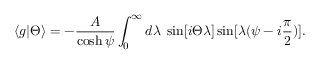
\langle g | \Theta \rangle = - \frac { A } { \cosh \psi } \int _ { 0 } ^ { \infty } d \lambda \; \sin [ i \Theta \lambda ] \sin [ \lambda ( \psi - i { \frac { \pi } { 2 } } ) ] .